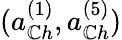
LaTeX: (a_{\mathbb{C}h}^{(1)},a_{\mathbb{C}h}^{(5)})